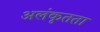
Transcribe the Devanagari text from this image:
अलंकृतता